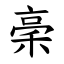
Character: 稁